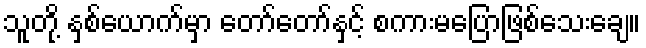
သူတို့ နှစ်ယောက်မှာ တော်တော်နှင့် စကားမပြောဖြစ်သေးချေ။